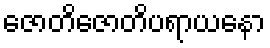
ဇောတိဇောတိပရာယနော